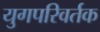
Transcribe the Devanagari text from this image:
युगपरिवर्तक